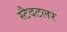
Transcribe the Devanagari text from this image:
स्टैदटलर